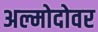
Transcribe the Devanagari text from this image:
अल्मोदोवर